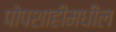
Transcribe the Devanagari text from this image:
पोपशाहीमधील